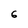
Character: 6